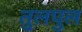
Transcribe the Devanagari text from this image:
तुलपुल